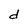
Character: d